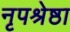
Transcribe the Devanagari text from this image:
नृपश्रेष्ठा